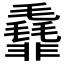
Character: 𱁯